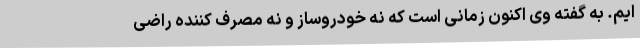
ایم. به گفته وی اکنون زمانی است که نه خودروساز و نه مصرف کننده راضی